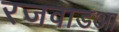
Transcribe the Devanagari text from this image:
रजवाडआ